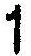
1